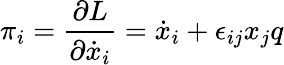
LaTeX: \pi_{i}=\frac{\partial L}{\partial\dot{x}_{i}}=\dot{x}_{i}+\epsilon_{ij}x_{j}q